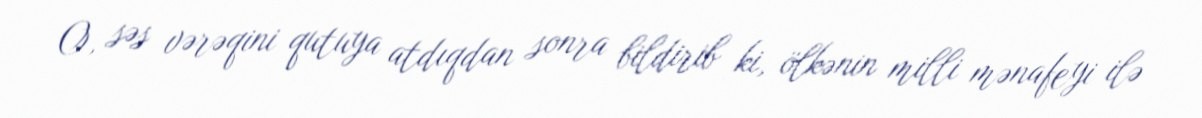
O, səs vərəqini qutuya atdıqdan sonra bildirib ki, ölkənin milli mənafeyi ilə